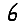
Digit: 6